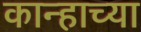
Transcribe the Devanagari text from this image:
कान्हाच्या